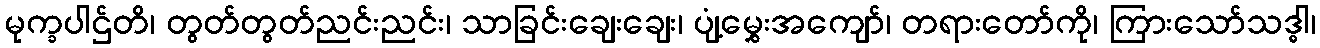
မုက္ခပါဌ်တိ၊ တွတ်တွတ်ညင်းညင်း၊ သာခြင်းချေးချေး၊ ပျံ့မွှေးအကျော်၊ တရားတော်ကို၊ ကြားသော်သဒ္ဓါ၊